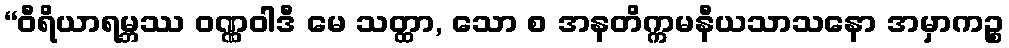
“ဝီရိယာရမ္ဘဿ ဝဏ္ဏဝါဒီ မေ သတ္ထာ, သော စ အနတိက္ကမနီယသာသနော အမှာကဉ္စ